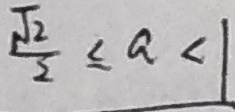
\frac { \sqrt { 2 } } { 2 } \leq a < 1